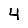
Digit: 4